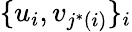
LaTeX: \{ u_{i},v_{j^{*}(i)}\} _{i}